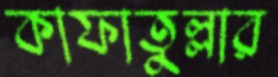
কাফাতুল্লার